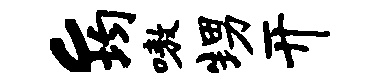
c均嗷甥开